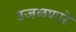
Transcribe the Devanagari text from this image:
उजळणारे